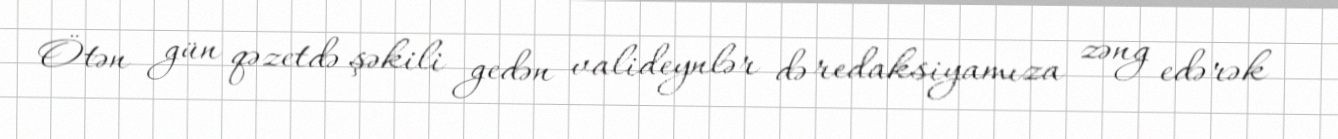
Ötən gün qəzetdə şəkili gedən valideynlər də redaksiyamıza zəng edərək